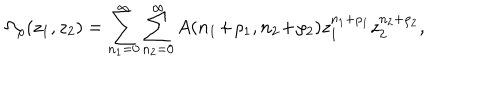
\Omega _ { \rho } ( z _ { 1 } , z _ { 2 } ) = \sum _ { n _ { 1 } = 0 } ^ { \infty } \sum _ { n _ { 2 } = 0 } ^ { \infty } A ( n _ { 1 } \! + \! \rho _ { 1 } , n _ { 2 } \! + \! \rho _ { 2 } ) z _ { 1 } ^ { n _ { 1 } + \rho _ { 1 } } z _ { 2 } ^ { n _ { 2 } + \rho _ { 2 } } ,